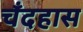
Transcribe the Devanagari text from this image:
चँदहास